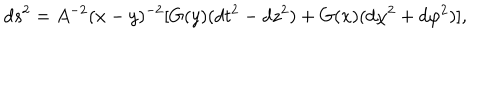
LaTeX: d s ^ { 2 } = A ^ { - 2 } ( x - y ) ^ { - 2 } [ G ( y ) ( d t ^ { 2 } - d z ^ { 2 } ) + G ( x ) ( d \chi ^ { 2 } + d \varphi ^ { 2 } ) ] ,